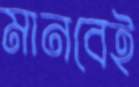
মানবেই